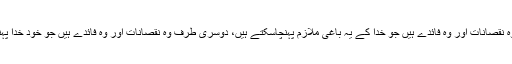
ایک طرف وہ نقصانات اور وہ فائدے ہیں جو خدا کے یہ باغی ملازم پہنچاسکتے ہیں، دوسری طرف وہ نقصانات اور وہ فائدے ہیں جو خود خدا پہنچاسکتا ہے۔